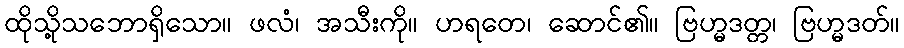
ထိုသို့သဘောရှိသော။ ဖလံ၊ အသီးကို။ ဟရတေ၊ ဆောင်၏။ ဗြဟ္မဒတ္တ၊ ဗြဟ္မဒတ်။